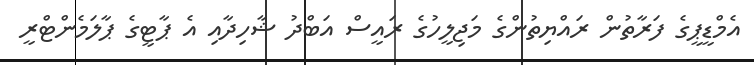
އެމްޑީޕީގެ ފަރާތުން ރައްޔިތުންގެ މަޖިލީހުގެ ރައީސް އަބްދު ޝާހިދާއި އެ ޕާޓީގެ ޕާލަމެންޓްރީ